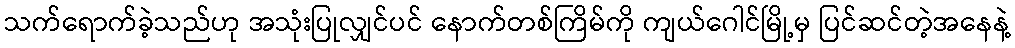
သက်ရောက်ခဲ့သည်ဟု အသုံးပြုလျှင်ပင် နောက်တစ်ကြိမ်ကို ကျယ်ဂေါင်မြို့မှ ပြင်ဆင်တဲ့အနေနဲ့